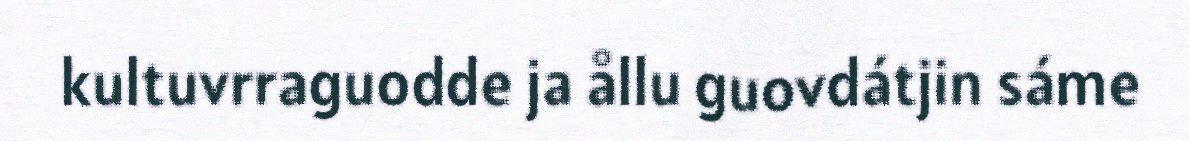
kultuvrraguodde ja ållu guovdátjin sáme